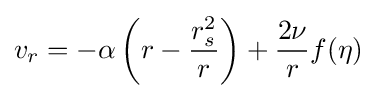
v_{r}=-\alpha \left(r-{\frac {r_{s}^{2}}{r}}\right)+{\frac {2\nu }{r}}f(\eta )